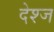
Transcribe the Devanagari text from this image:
देश्ज